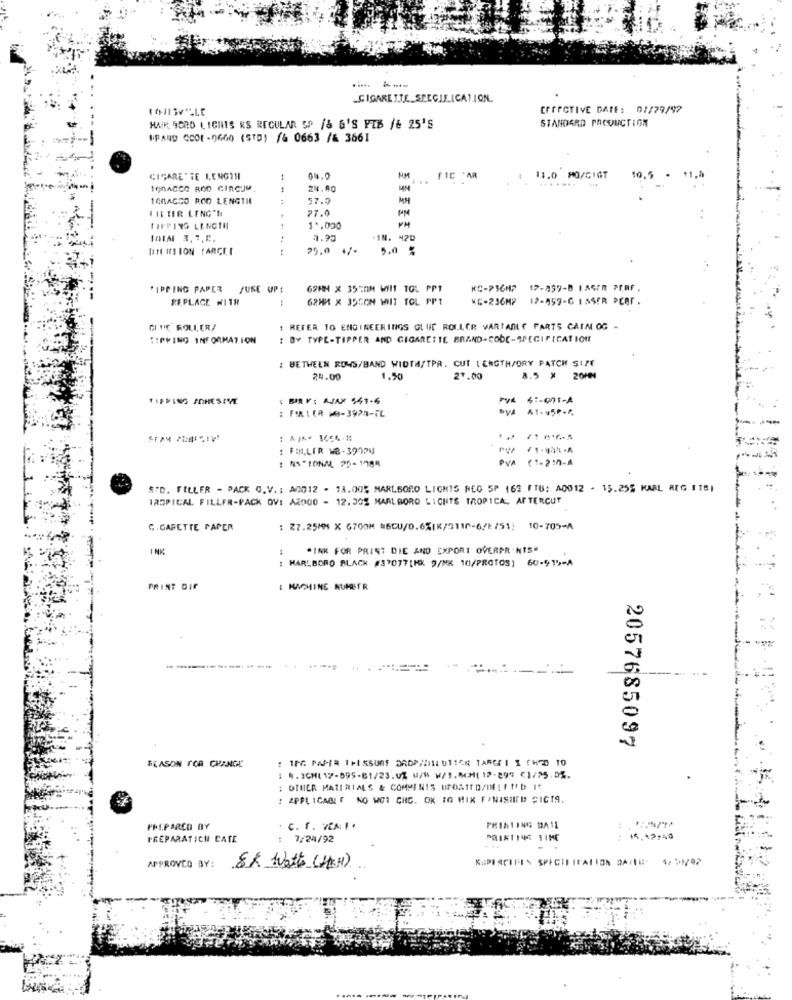
.CIGARETTE SPECIFICATION.
EFFECTIVE DATE: 01/29/92
STANDARD PACONCTION
HAN SCRO LICHTS KS REGULAR 5P /8 6'S FIB /& 25'S
WPAND COOL-0600 (STD) /6 0663 /& 3661
10.
CIGARETTE I.ENGTH
64.0
FIC AR
11.0 MO/CIGT
.........
44
24.80
1GBAGRO ROD LENGTH
:
57.0
INTER LENG'N
27.0
PM
TIPPING LENGTH
1 .. 000
IOIN 3.7.C.
.IN. 420
DI ISION PARCEI
25.0 +/-
5.0 %
PIPPING PAPER /USE UP!
62HH X 35COM WII TOL PPT
KC-736H7 17-859-8 FAGER PERF.
REPLACE WITH
62HM X 39CON WIT TOL PPT
KC-236MP
12-459-G LASER PCAr .
GIVE ROLLER/
: REFER TO ENGINEERINGS GLUE ROLLER VARIABLE PARTS CAIM OG -
TIPPING INFORMATION
: BY TYPE-TIPPER AND CIGARETTE BRAND-CODE-SPECIFICATION
: BETWEEN ROMS/BAND WIDTH/TPR. CUT LENGTH/DRY PATCH SITE
24.00
1.50
27.00
8.5
20MM
6 :- 001-A
: FERIER M-392-FL
ove 41-45p.r.
: AIK- 1664-1
: FIN.LIR NB-39774
: NACIONAL 25-1988
DVA (1-2: 2-4
S"D. FILLER - PACK O.V. : A0012 - 13.00% MARLBORO LIGHTS NEO 5P 163 FT8: A0012 - 15.25% KARL REG 1 181
TROPICAL FILLER-PACK OV: A2000 - 12.30% MARLBORO LIGHTS TROPICA, AFTERCUT
C . GARETTE PAPER
: 27.25MM X 6700M 86CU/0.6%(K/2110-6/E/51; 10-705-A
*INK FOR PRINT DIE AND EXPORT OVERPR-NIS"
: MARLBORO BLACK #37077[HX 9/MK 10/PROTOS) 60-915-A
PRINT GIF
: MACHINE NUMBER
----------- ..
00
en
2057685097
REASON FOR CHANGE
# 4.ICH( 12-895-81/23.0% U/W W/J.MH( 12-299 C1/25.5%.
: DINER MATERIALS & COMMINIS UFOATT D/DE: ff'D I*
: APPLICADI F NO WOI CHG. OK TO MIX FINISIIFD SIGT9.
PREPARCO BY
. C. f. VE. . .
PRINTING DA1L
PREPARATICH CATE
7/24/92
PRINTING TIME
15.12:40
APPROVED BY:
88 Watts (HCH)